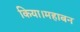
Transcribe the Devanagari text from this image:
किया।महाबन